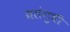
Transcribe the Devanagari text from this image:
मलंगुधी